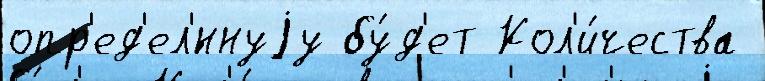
опр'ед'ел'́ннуjу бу́д'ет Кол'и́чества